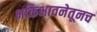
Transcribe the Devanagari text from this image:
भक्तिभावनेतूनच